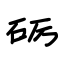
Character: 砺